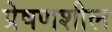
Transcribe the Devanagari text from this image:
प्रेषणशील